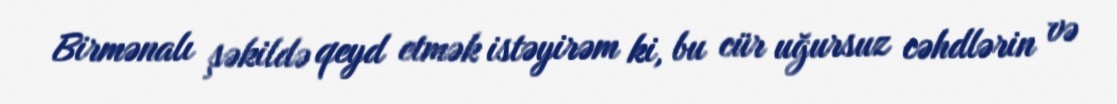
Birmənalı şəkildə qeyd etmək istəyirəm ki, bu cür uğursuz cəhdlərin və